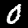
Label: 0